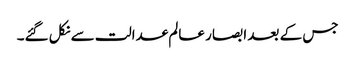
جس کے بعد ابصار عالم عدالت سے نکل گئے۔